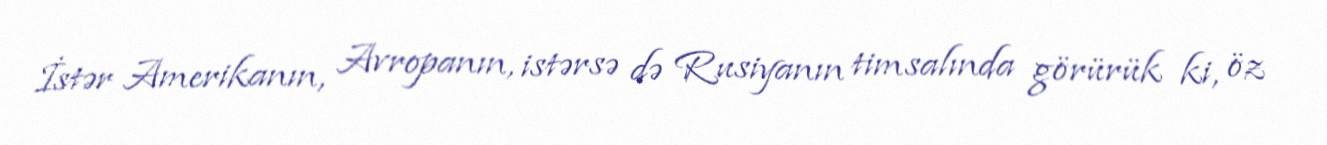
İstər Amerikanın, Avropanın, istərsə də Rusiyanın timsalında görürük ki, öz